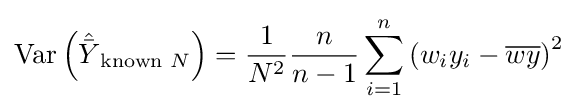
\operatorname {Var} \left({\hat {\bar {Y}}}_{{\text{known }}N}\right)={\frac {1}{N^{2}}}{\frac {n}{n-1}}\sum _{i=1}^{n}\left(w_{i}y_{i}-{\overline {wy}}\right)^{2}